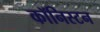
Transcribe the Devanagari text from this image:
कॉनिस्टन